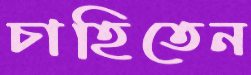
চাহিতেন